65_HS1-834228961_62-HQ-83894_Serial_164
Agency: FBI
Page 126
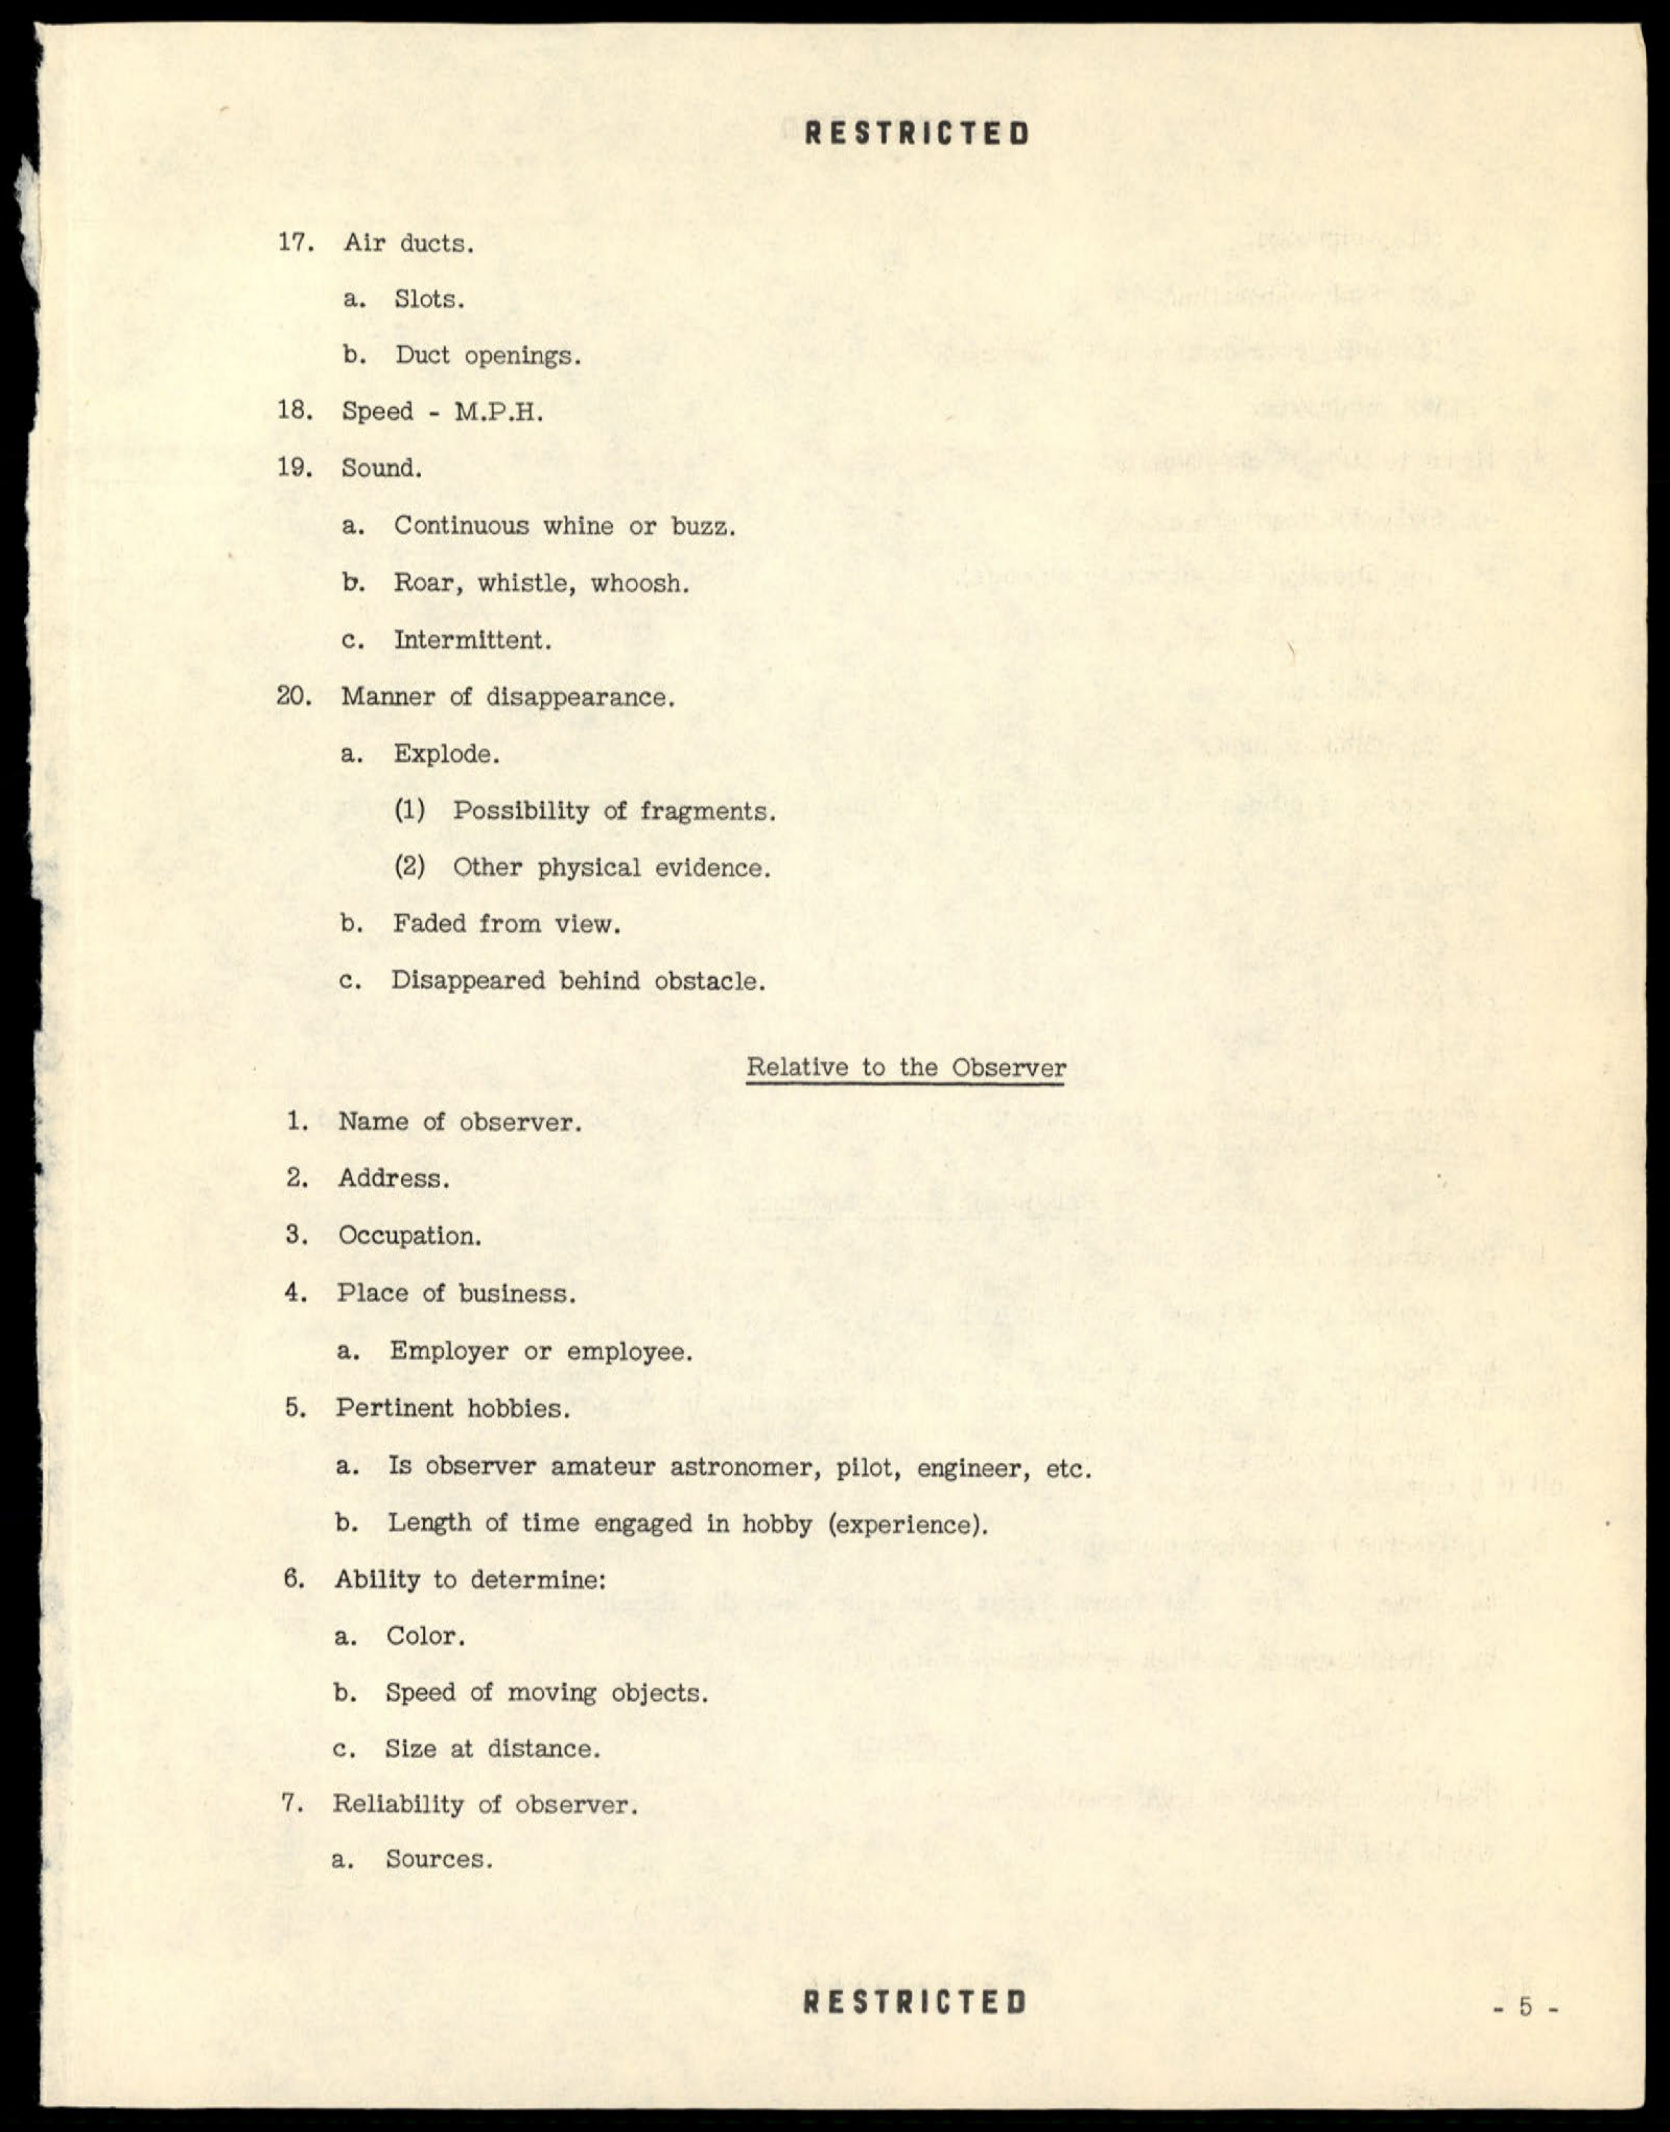